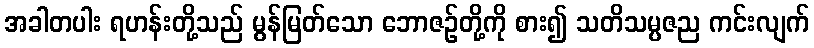
အခါတပါး ရဟန်းတို့သည် မွန်မြတ်သော ဘောဇဉ်တို့ကို စား၍ သတိသမ္ပဇည ကင်းလျက်